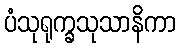
ပံသုရုက္ခသုသာနိကာ